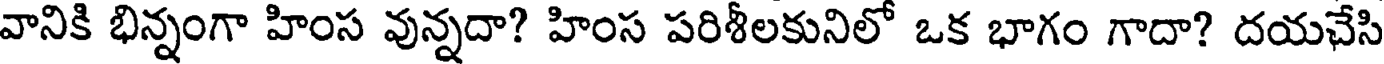
వానికి భిన్నంగా హింస వున్నదా? హింస పరిశీలకునిలో ఒక భాగం గాదా? దయచేసి